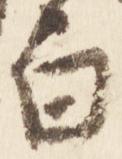
白